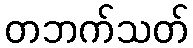
တဘက်သတ်